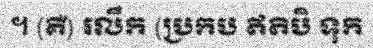
។ (គឺ) រលឹក (ប្រកប ឥតិបិ ទុក